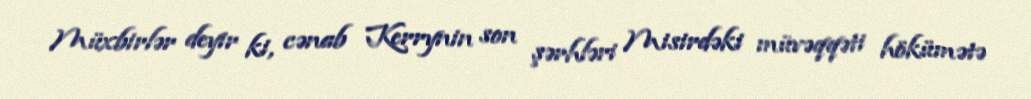
Müxbirlər deyir ki, cənab Kerrynin son şərhləri Misirdəki müvəqqəti hökümətə